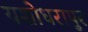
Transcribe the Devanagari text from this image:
यशोधरापुर